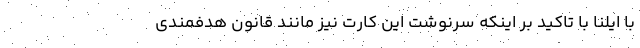
با ایلنا با تاکید بر اینکه سرنوشت این کارت نیز مانند قانون هدفمندی